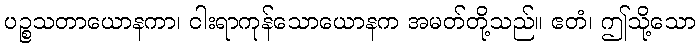
ပဉ္စသတာယောနကာ၊ ငါးရာကုန်သောယောနက အမတ်တို့သည်။ ဧတံ၊ ဤသို့သော